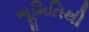
ભૂમિતિથી